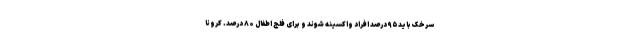
سرخک باید ۹۵ درصد افراد واکسینه شوند و برای فلج اطفال ۸۰ درصد. کرونا